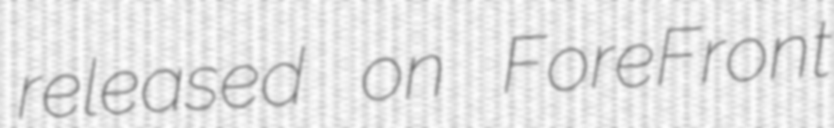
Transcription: released on ForeFront